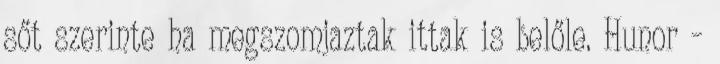
sőt szerinte ha megszomjaztak ittak is belőle. Hunor –